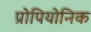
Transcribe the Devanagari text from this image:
प्रोपियोनिक